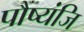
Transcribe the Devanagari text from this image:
पौष्यंजि